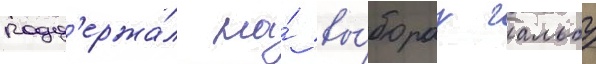
подд'ержа́л на́ вы́борах гальбу